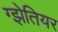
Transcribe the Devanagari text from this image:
ग्झेतियर